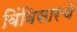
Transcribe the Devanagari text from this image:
बिंबिसारचे